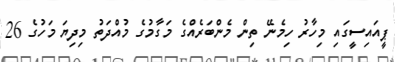
ޕީއައިސީގައި މިހާރު ހިމެނޭ ތިން މެންބަރެއްގެ މަގާމުގެ މުއްދަތު މިދިޔަ މަހުގެ 26